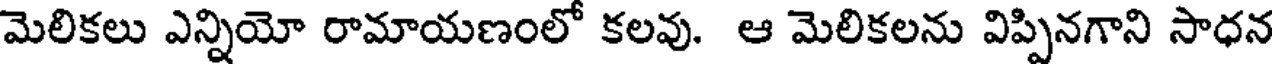
మెలికలు ఎన్నియో రామాయణంలో కలవు. ఆ మెలికలను విప్పినగాని సాధన